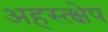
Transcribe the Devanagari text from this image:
अहस्त्क्षेप